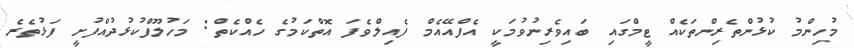
މުހިންމު ކުޅުންތެރިންތަކެއް ޓީމްގައި ބައިވެރިނުވުމަކީ އެފްއޭއެމް ފެއިލްވެފަ އޮތްކަމުގެ ހެއްކެތް: މަހުލޫފްކުޅުދުއްފުށީ ފަޅުތެރެ